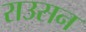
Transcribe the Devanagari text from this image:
राउसन